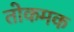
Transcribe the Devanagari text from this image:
तोकमक